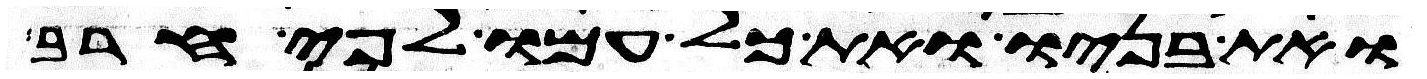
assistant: ואת בניו ואת כל עמו לפי חרב